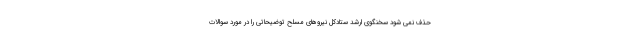
حذف نمی شود سخنگوی ارشد ستادکل نیروهای مسلح توضیحاتی را در مورد سوالات